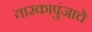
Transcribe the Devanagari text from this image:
तारकापुंजाचे